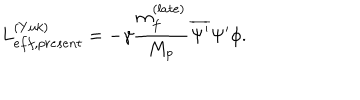
L _ { e f f , p r e s e n t } ^ { ( Y u k ) } = - \gamma \frac { m _ { f } ^ { ( l a t e ) } } { M _ { p } } \overline { { { \Psi ^ { \prime } } } } \Psi ^ { \prime } \phi .